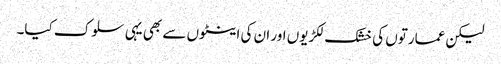
لیکن عمارتوں کی خشک لکڑیوں اور ان کی اینٹوں سے بھی یہی سلوک کیا۔